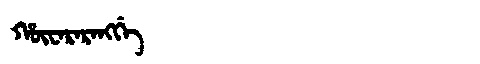
Manchu: ᡥᡡᠸᠠᡵᠠᡵᠠᠩᡤᡝ
Romanization: HŪWARARANGGE